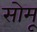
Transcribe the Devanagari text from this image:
सोमू